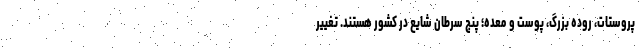
پروستات، روده بزرگ، پوست و معده؛ پنج سرطان شایع در کشور هستند. تغییر